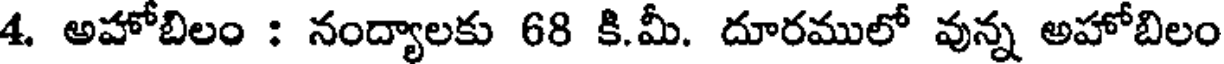
4. అహోబిలం : నంద్యాలకు 68 కి.మీ. దూరములో వున్న అహోబిలం